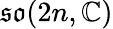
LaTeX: {\mathfrak{so}}(2n,\mathbb{C})